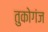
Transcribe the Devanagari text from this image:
तुकोगंज